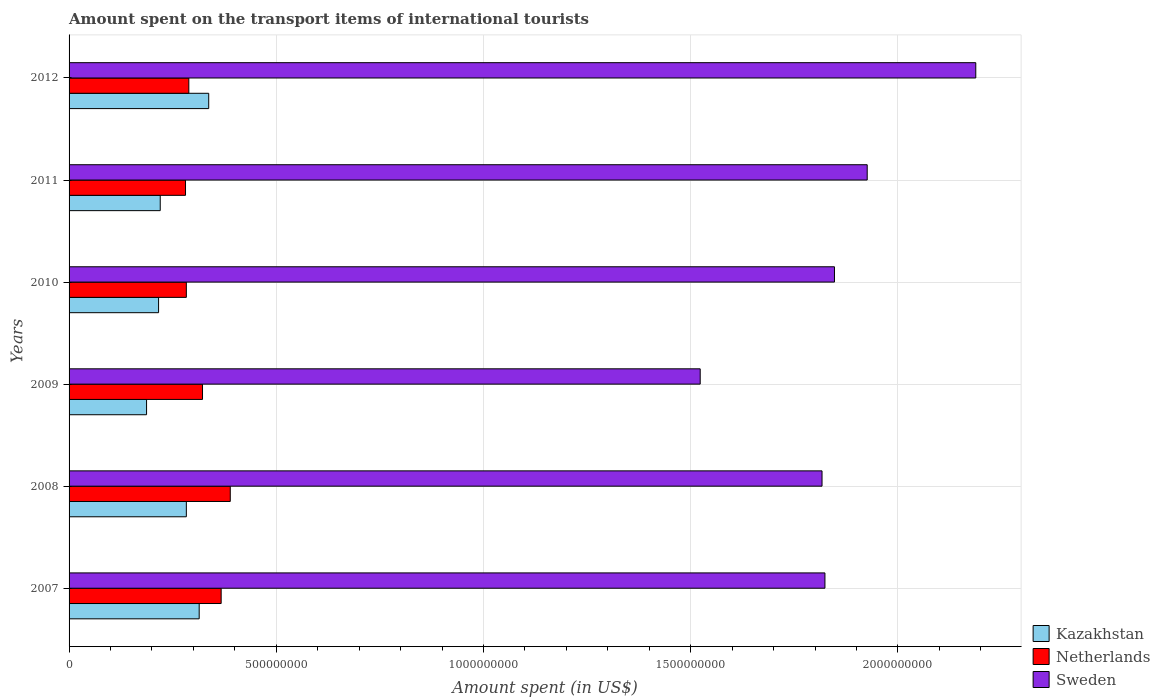
| Years | Kazakhstan | Netherlands | Sweden |
 | --- | --- | --- | --- |
 | 2007 | 3.14e+08 | 3.67e+08 | 1.82e+09 |
 | 2008 | 2.83e+08 | 3.89e+08 | 1.82e+09 |
 | 2009 | 1.87e+08 | 3.22e+08 | 1.52e+09 |
 | 2010 | 2.16e+08 | 2.83e+08 | 1.85e+09 |
 | 2011 | 2.2e+08 | 2.81e+08 | 1.93e+09 |
 | 2012 | 3.37e+08 | 2.89e+08 | 2.19e+09 |